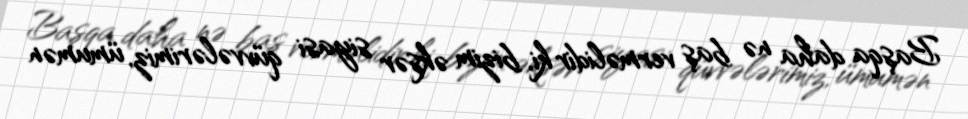
Başqa daha nə baş verməlidir ki, bizim əksər siyasi qüvvələrimiz, ümumən